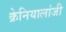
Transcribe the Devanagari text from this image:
क्रेनियालांजी